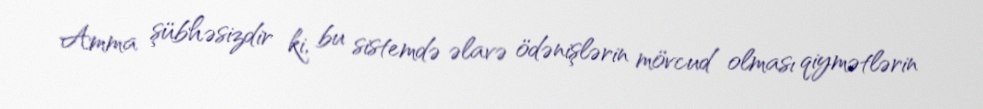
Amma şübhəsizdir ki, bu sistemdə əlavə ödənişlərin mövcud olması qiymətlərin